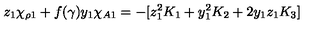
z _ { 1 } \chi _ { \rho 1 } + f ( \gamma ) y _ { 1 } \chi _ { A 1 } = - [ z _ { 1 } ^ { 2 } K _ { 1 } + y _ { 1 } ^ { 2 } K _ { 2 } + 2 y _ { 1 } z _ { 1 } K _ { 3 } ]